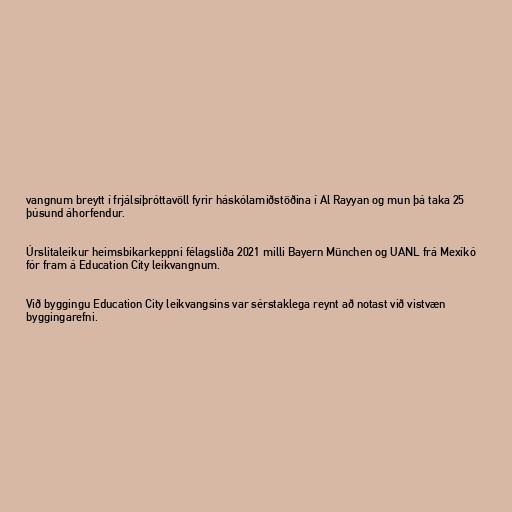
vangnum breytt í frjálsíþróttavöll fyrir háskólamiðstöðina í Al Rayyan og mun þá taka 25
þúsund áhorfendur.

Úrslitaleikur heimsbikarkeppni félagsliða 2021 milli Bayern München og UANL frá Mexíkó
fór fram á Education City leikvangnum.

Við byggingu Education City leikvangsins var sérstaklega reynt að notast við vistvæn
byggingarefni.